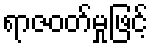
ရာဇဝတ်မှုဖြင့်